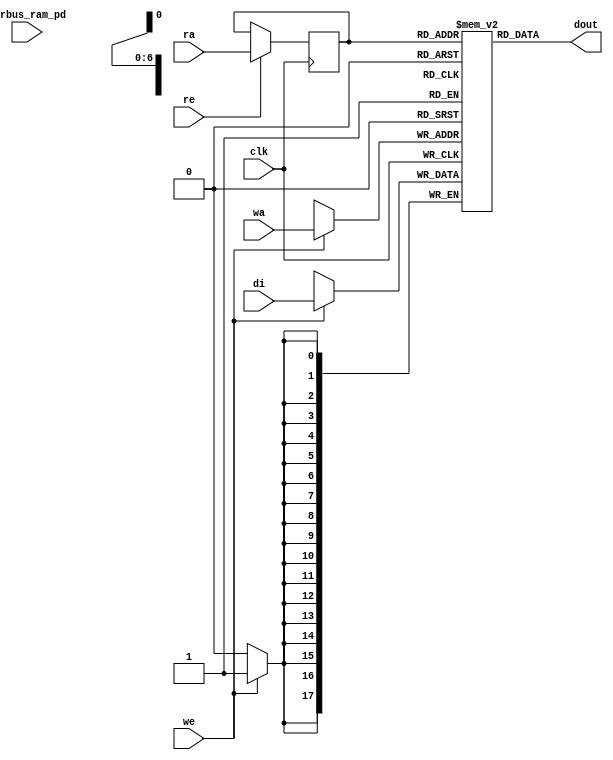
module nv_ram_rws_128x18 (
  clk,
  ra,
  re,
  dout,
  wa,
  we,
  di,
  pwrbus_ram_pd
);
parameter FORCE_CONTENTION_ASSERTION_RESET_ACTIVE=1'b0;
// port list
input clk;
input [6:0] ra;
input re;
output [17:0] dout;
input [6:0] wa;
input we;
input [17:0] di;
input [31:0] pwrbus_ram_pd;
//reg and wire list
reg [6:0] ra_d;
wire [17:0] dout;
reg [17:0] M [127:0];
always @( posedge clk ) begin
    if (we)
       M[wa] <= di;
end
always @( posedge clk ) begin
    if (re)
       ra_d <= ra;
end
assign dout = M[ra_d];
endmodule